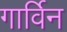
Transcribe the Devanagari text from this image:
गार्विन